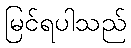
မြင်ရပါသည်